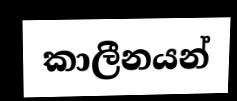
කාලීනයන්